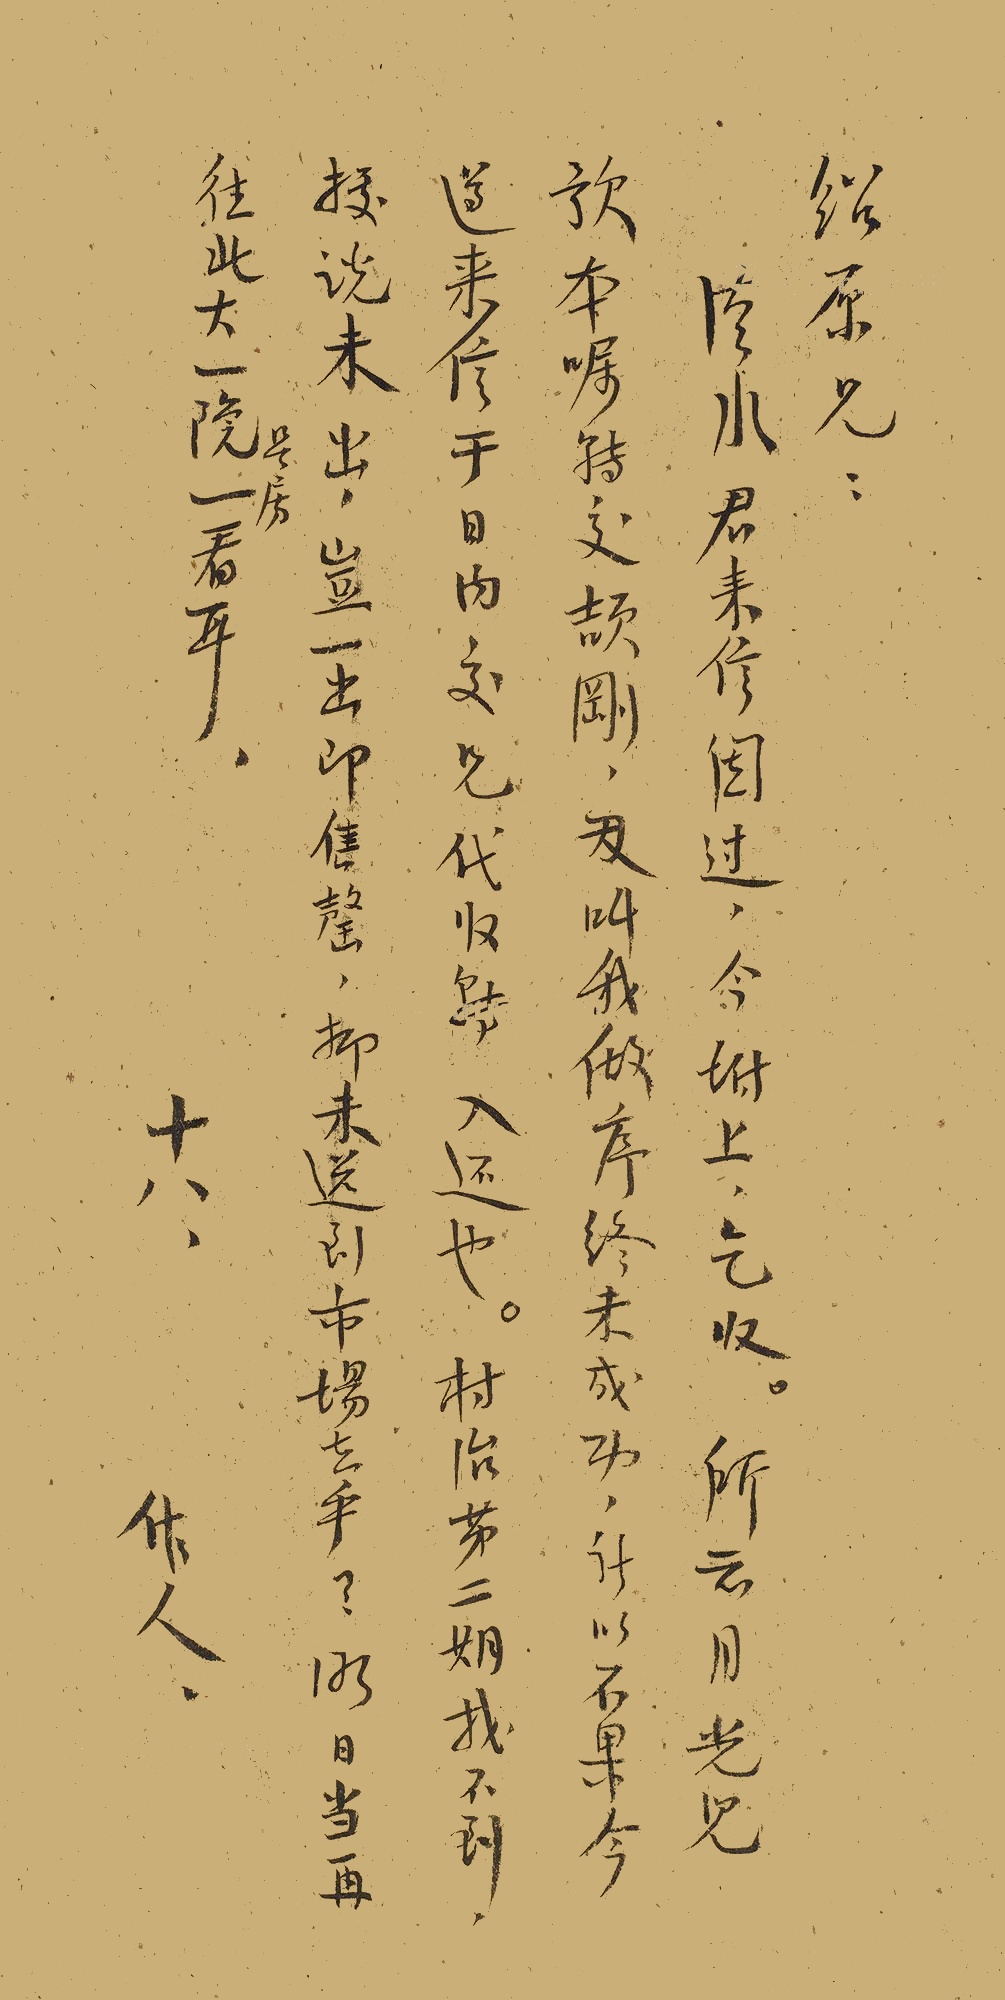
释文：绍原兄：汉水君来信阅过，今附上乞收。所云月光□□本嘱转交颉刚，叫我作序，终未成功，计以不果，今遵来信于日内交兄待收转入还也。村治第二期找不到，据谈未出，岂一出即售罄，抑未送到市场去乎？明日当再往此大一院号房看耳。十八，作人。